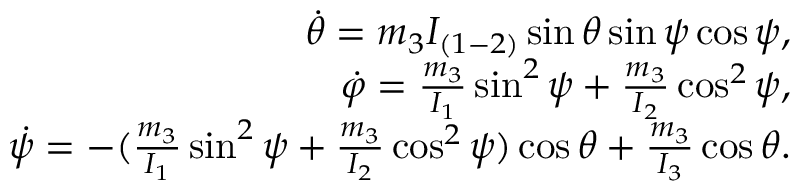
\begin{array} { r } { \dot { \theta } = m _ { 3 } I _ { ( 1 - 2 ) } \sin \theta \sin \psi \cos \psi , } \\ { \dot { \varphi } = \frac { m _ { 3 } } { I _ { 1 } } \sin ^ { 2 } \psi + \frac { m _ { 3 } } { I _ { 2 } } \cos ^ { 2 } \psi , } \\ { \dot { \psi } = - ( \frac { m _ { 3 } } { I _ { 1 } } \sin ^ { 2 } \psi + \frac { m _ { 3 } } { I _ { 2 } } \cos ^ { 2 } \psi ) \cos \theta + \frac { m _ { 3 } } { I _ { 3 } } \cos \theta . } \end{array}